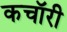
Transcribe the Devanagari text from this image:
कचॉरी